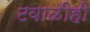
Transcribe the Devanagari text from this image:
टवाळीही